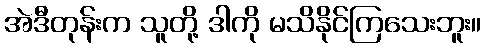
အဲဒီတုန်းက သူတို့ ဒါကို မသိနိုင်ကြသေးဘူး။